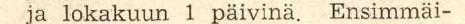
ja lokakuun 1 päivinä. Ensimmäi-